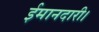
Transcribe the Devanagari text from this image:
ईमानदारी।